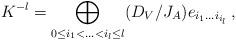
LaTeX: \begin{align*}K^{-l} = \bigoplus_{0 \leq i_1 < \ldots < i_l \leq l} (D_{V} / J_A) e_{i_1\ldots i_{i_l}}\, ,\end{align*}